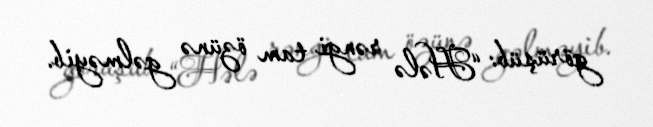
görüşüb: “Hələ rəngi tam özünə gəlməyib.